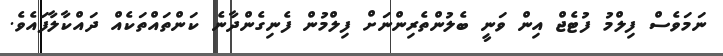
ނަމަވެސް ފިލްމު ފުޓެޖް އިން ވަނީ ބެލުންތެރިންނަށް ފިލްމުން ފެނިގެންދާނެ ކަންތައްތަކެއް ދައްކާލާފައެވެ.